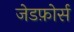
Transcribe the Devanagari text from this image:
जेडफ़ोर्स